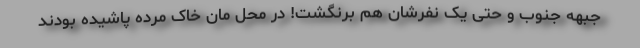
جبهه جنوب و حتی یک نفرشان هم برنگشت!‌ در محل مان خاک مرده پاشیده بودند